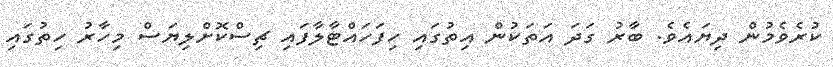
ކުރެވެމުން ދިޔައެވެ. ބާރު ގަދަ އަތަކުން އިތުގައި ހިފަހައްޓާލާފައި ޗިސްކޮށްލިޔަސް މިހާރު ހިތުގައި